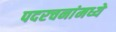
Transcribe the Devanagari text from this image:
पदरचनांमध्ये